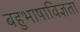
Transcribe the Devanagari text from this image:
बहुभाषाविज्ञता